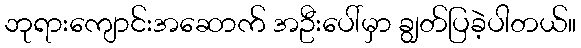
ဘုရားကျောင်းအဆောက် အဦးပေါ်မှာ ချွတ်ပြခဲ့ပါတယ်။